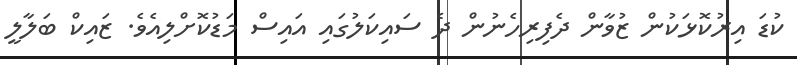
ކުޑަ އިރުކޮޅަކުން ޒުވާން ދެފިރިހެނުން ދެ ސައިކަލުގައި އައިސް މަޑުކޮށްލިއެވެ. ޒައިކް ބަލާލީ